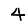
Digit: 4